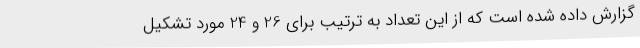
گزارش داده شده است که از این تعداد به ترتیب برای 26 و 24 مورد تشکیل